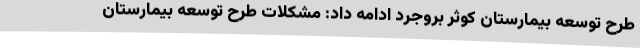
طرح توسعه بیمارستان کوثر بروجرد ادامه داد: مشکلات طرح توسعه بیمارستان